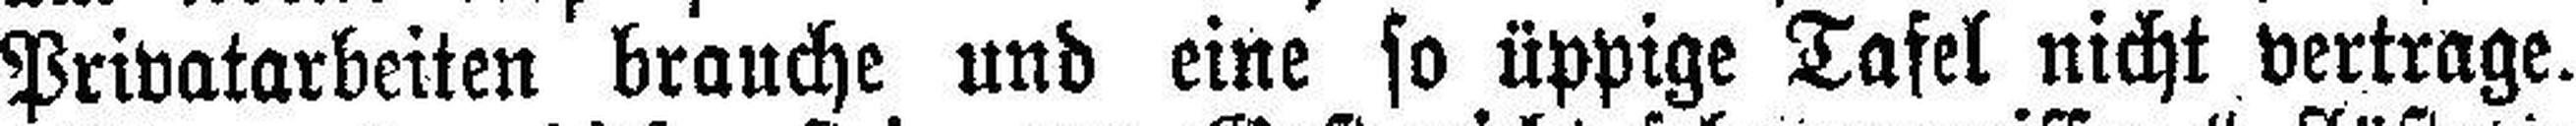
Privatarbeiten brauche und eine so üppige Tafel nicht vertrage.